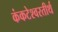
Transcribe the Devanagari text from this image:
कंकटेश्वरतीर्थ